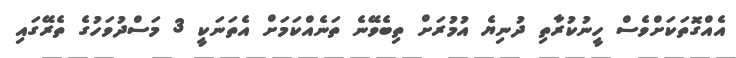
އެއްގޮތަކަށްވެސް ހީނުކުރާތި ދުނިޔެ އުމުރަށް ތިބެވޭނެ ތަނެއްކަމަށް އެތަނަކީ 3 މަސްދުވަހުގެ ތެރޭގައި